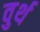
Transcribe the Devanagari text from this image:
वुर्थ